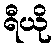
ရီယို